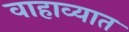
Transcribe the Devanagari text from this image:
वाहाव्यात